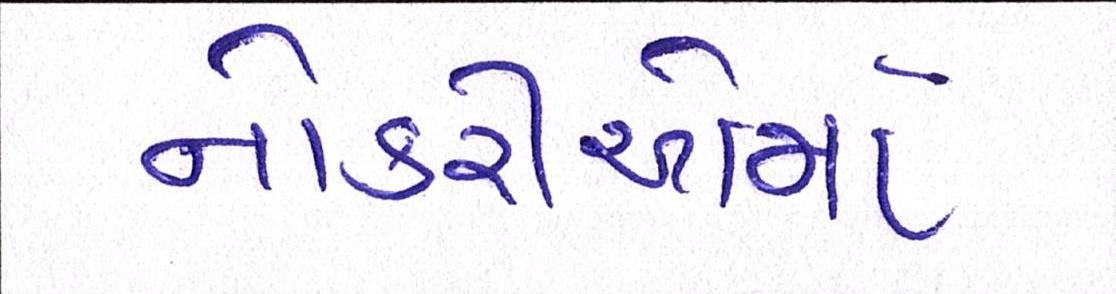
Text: નોકરીઓમાં